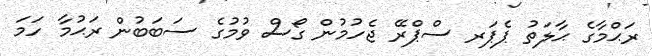
ރަޙްމާގެ ޙާލަތު ޕެޕަރ ސްޕްރޭ ޖެހުމުން ގޯސް ވުމުގެ ސަބަބުން ރަޙުމާ ހަމަ